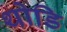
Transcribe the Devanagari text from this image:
थोडि